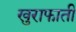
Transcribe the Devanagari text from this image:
खुराफाती